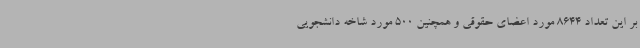
بر این تعداد 8644 مورد اعضای حقوقی و همچنین 500 مورد شاخه دانشجویی